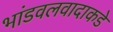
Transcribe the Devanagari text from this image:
भांडवलवादाकडे